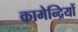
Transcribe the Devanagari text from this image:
कामेन्द्रियों